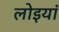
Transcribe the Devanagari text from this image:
लोइयां